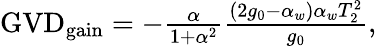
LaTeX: \begin{array}{r}{\mathrm{GVD}_{\mathrm{gain}}=-\frac{\alpha}{1+\alpha^{2}}\frac{(2g_{0}-\alpha_{w})\alpha_{w}T_{2}^{2}}{g_{0}},}\end{array}